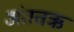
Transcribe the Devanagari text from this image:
अंततऋ